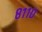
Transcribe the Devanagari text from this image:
८११०